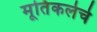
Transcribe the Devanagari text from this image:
मूर्तिकलेचे